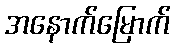
အနောက်မြောက်